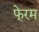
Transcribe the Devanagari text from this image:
फे्रम